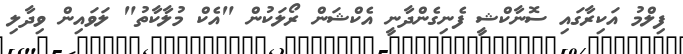
ފިލްމު އަކިރާގައި ސޮނާކްޝީ ފެނިގެންދާނީ އެކްޝަން ރޯލަކުން "އެކް މުލާކާތު" ލަވައިން ވިދާލި